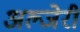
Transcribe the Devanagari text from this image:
अल्जेरी